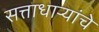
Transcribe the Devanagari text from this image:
सत्ताधाऱ्यांचे